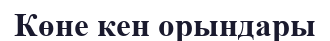
Көне кен орындары